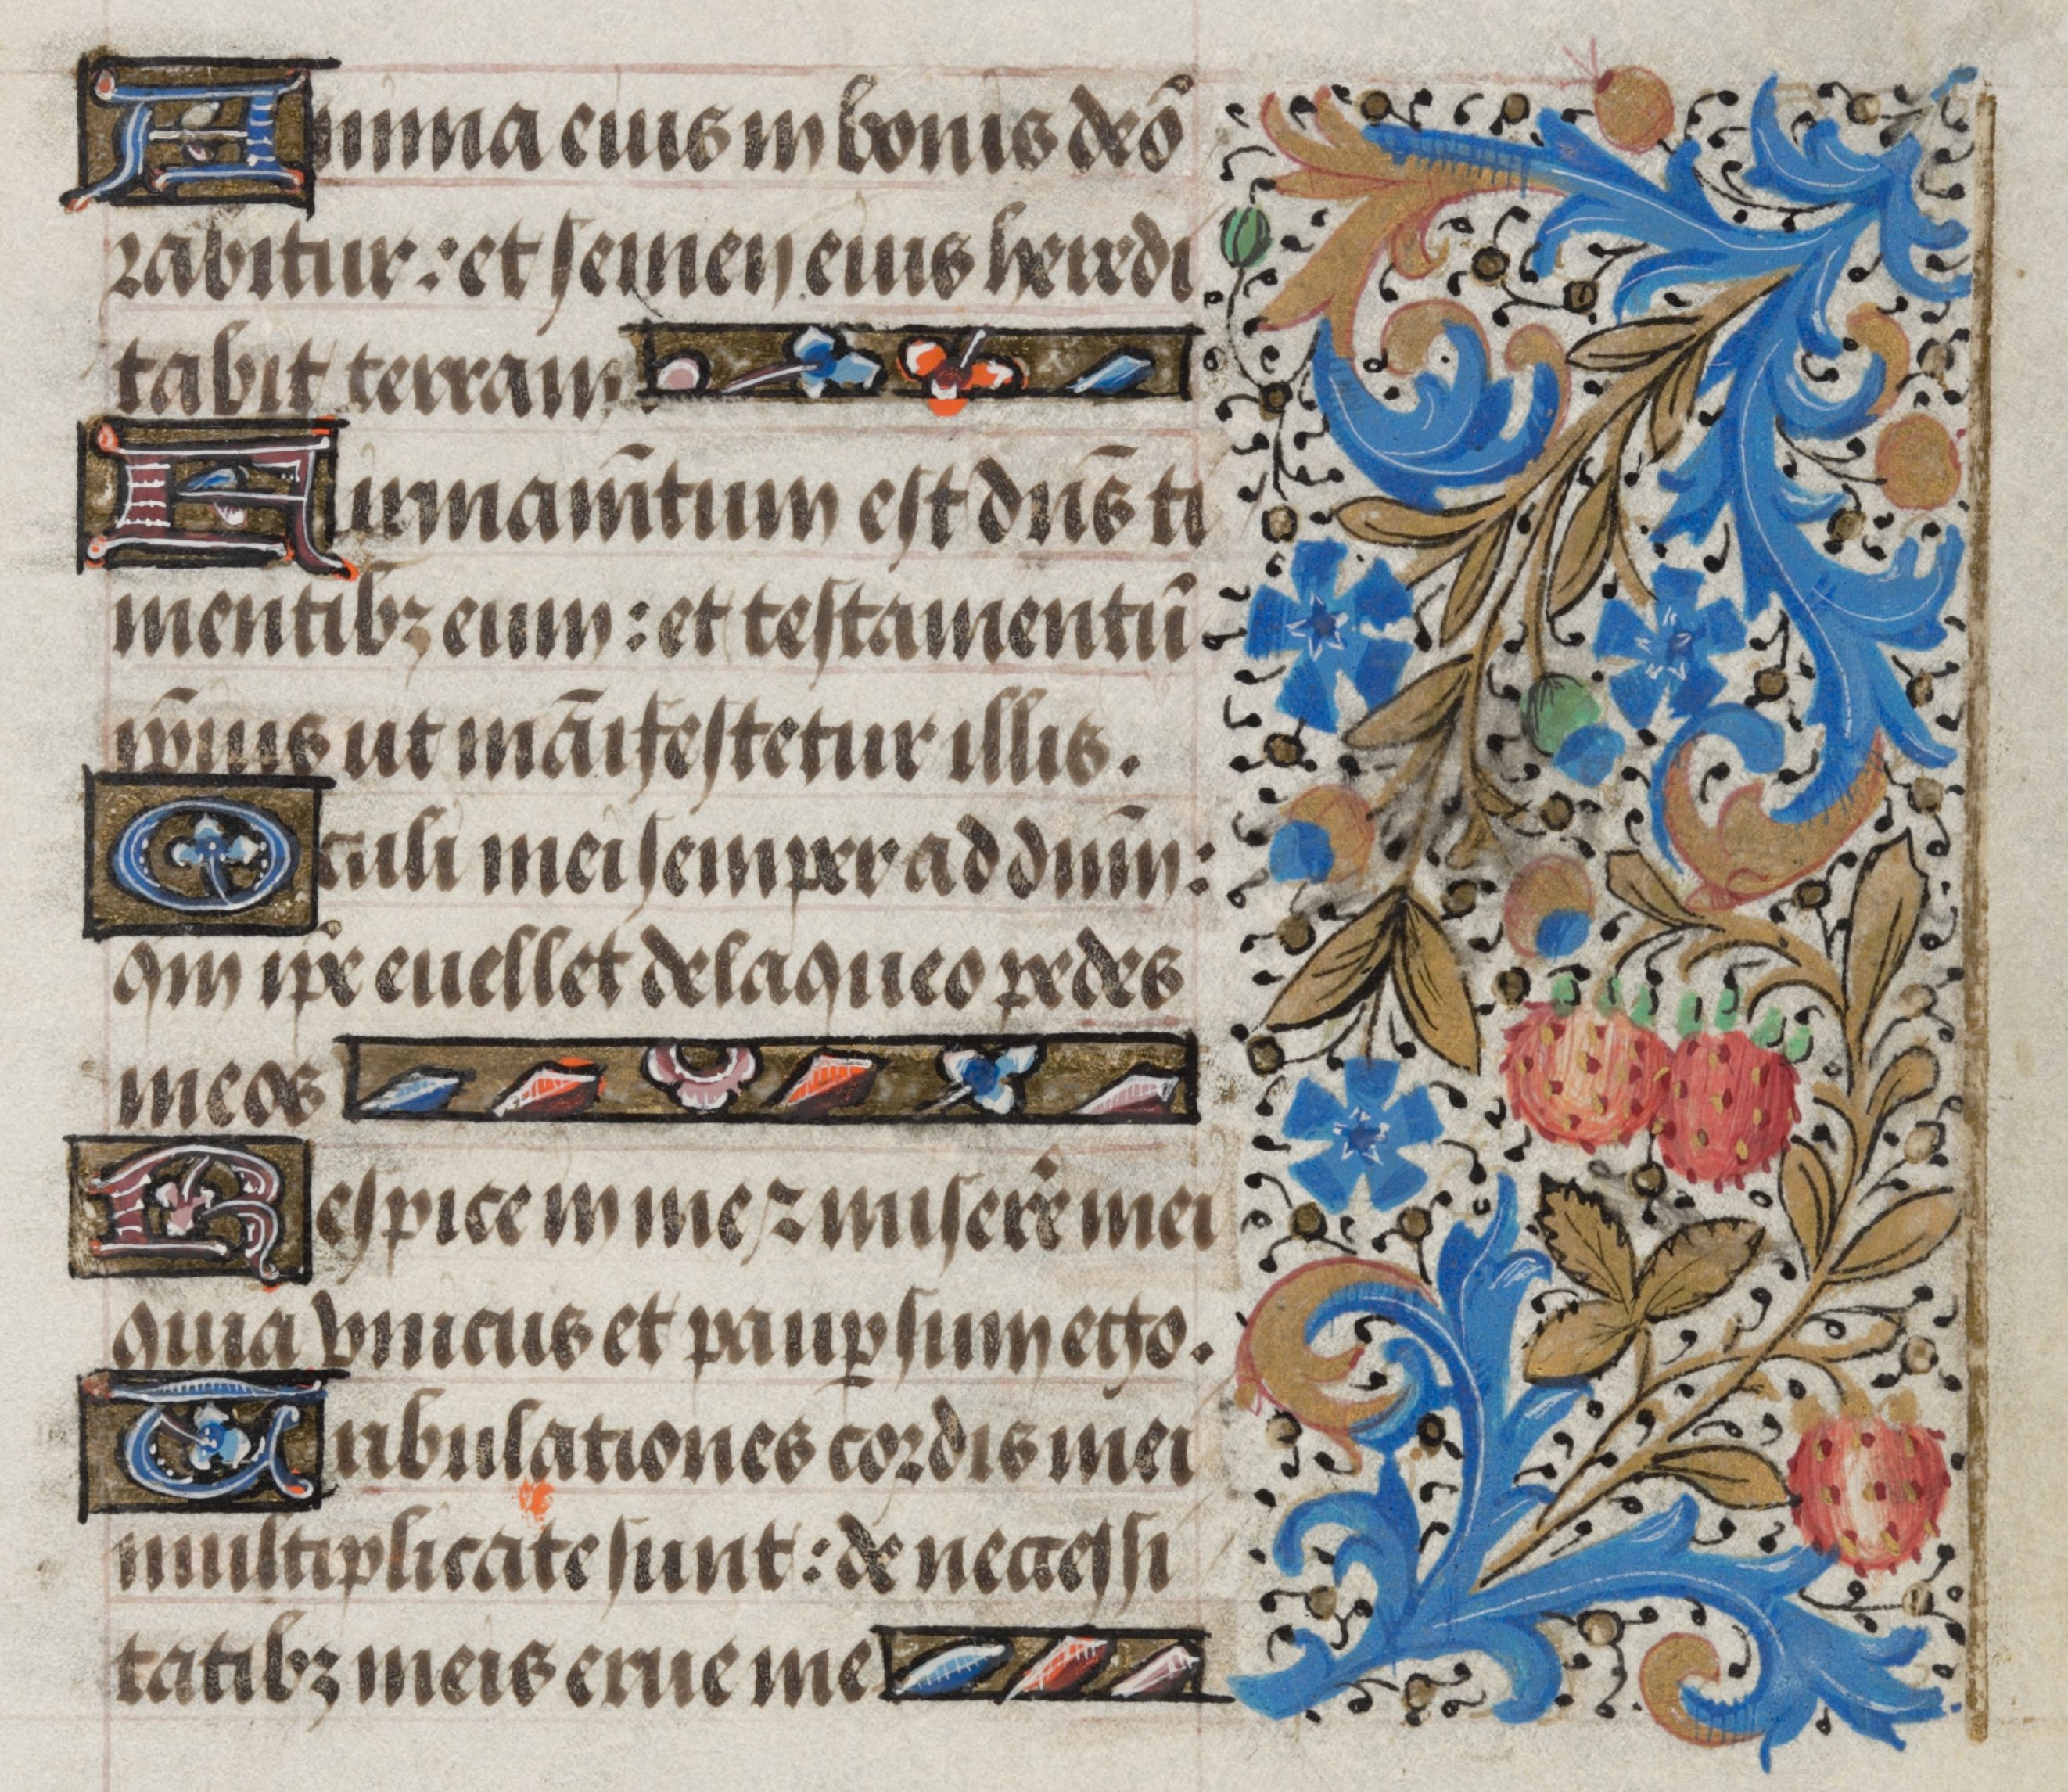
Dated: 1450–1474